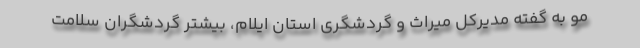
مو به گفته مدیرکل میراث و گردشگری استان ایلام، بیشتر گردشگران سلامت